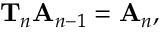
\mathbf { T } _ { n } \mathbf { A } _ { n - 1 } = \mathbf { A } _ { n } ,